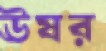
ঊষর